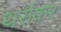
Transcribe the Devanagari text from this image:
थर्राकर